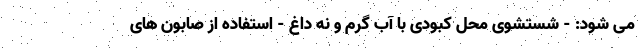
می شود: - شستشوی محل کبودی با آب گرم و نه داغ - استفاده از صابون های